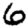
Digit: 6